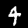
Digit: 4